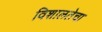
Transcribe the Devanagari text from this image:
विशालतेचा